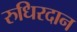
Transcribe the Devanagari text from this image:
रुधिरदान